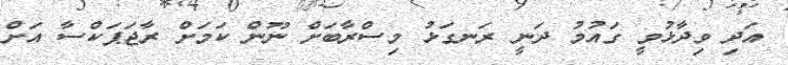
އަދި ވިދާޅުވީ ގައުމު ދަނީ ރަނގަޅު މިސްރާބަށް ނޫން ކަމަށް ރާޖަޕަކްސާ އަށް